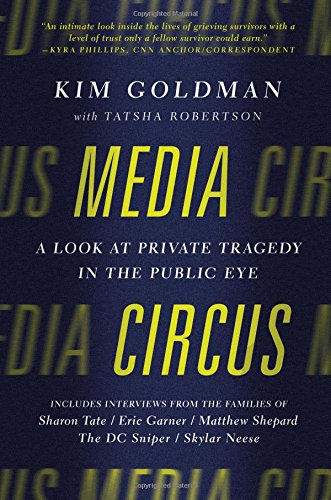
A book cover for Media Circus: A Look at Private Tragedy in the Public Eye; Kim Goldman; Biographies & Memoirs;